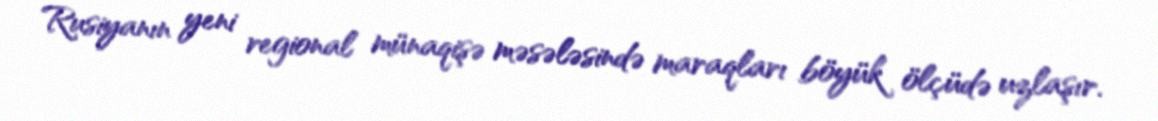
Rusiyanın yeni regional münaqişə məsələsində maraqları böyük ölçüdə uzlaşır.